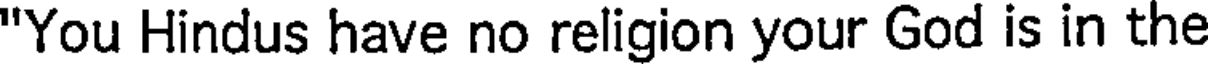
"You Hindus have no religion your God is in the